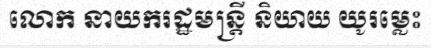
លោក នាយករដ្ឋមន្ត្រី និយាយ យូរម្លេះ